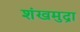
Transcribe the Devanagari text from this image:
शंखमुद्रा